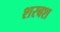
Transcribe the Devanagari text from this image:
शरबश